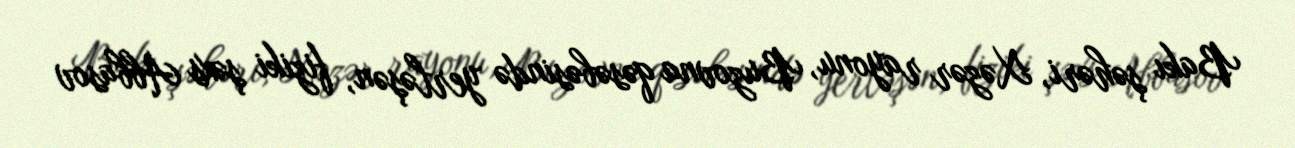
Bakı şəhəri, Xəzər rayonu, Buzovna qəsəbəsində yerləşən, fiziki şəxs Abbasov